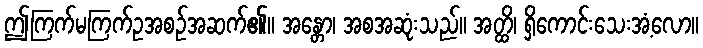
ဤကြက်မကြက်ဥအစဉ်အဆက်၏။ အန္တော၊ အစအဆုံးသည်။ အတ္ထိ၊ ရှိကောင်းသေးအံ့လော။